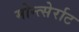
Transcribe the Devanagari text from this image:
मोन्त्सेर्राट